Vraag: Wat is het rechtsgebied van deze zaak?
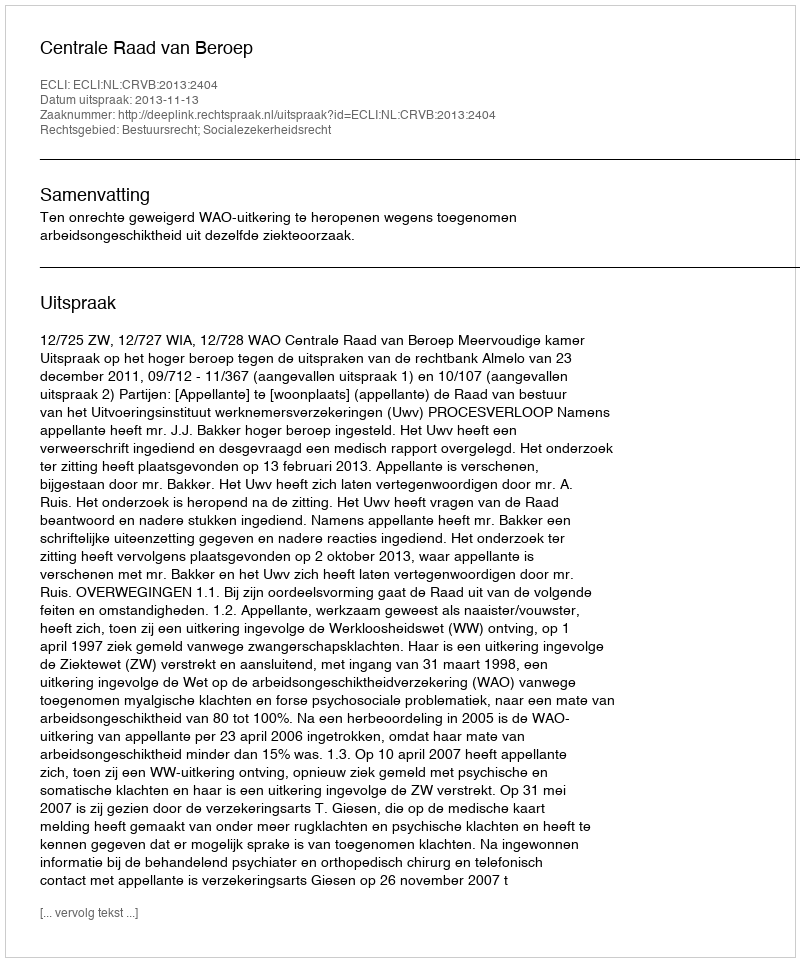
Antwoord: Bestuursrecht; Socialezekerheidsrecht